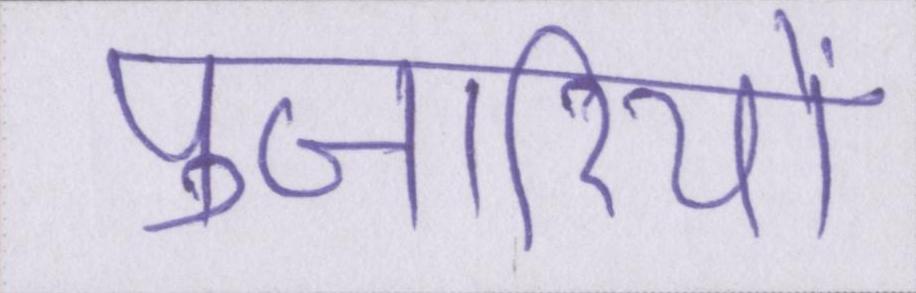
पुजारियों